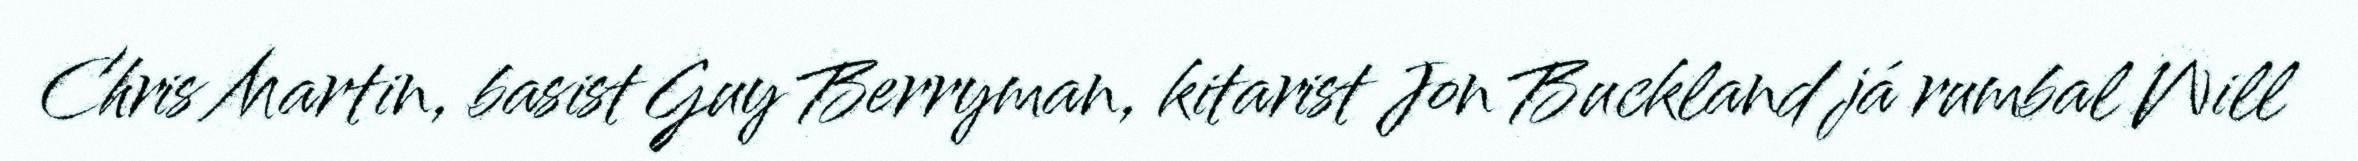
Chris Martin, basist Guy Berryman, kitarist Jon Buckland já rumbal Will